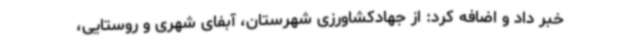
خبر داد و اضافه کرد: از جهادکشاورزی شهرستان، آبفای شهری و روستایی،